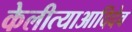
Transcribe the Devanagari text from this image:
केलीत्याआदिदेव